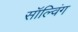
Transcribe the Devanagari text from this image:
सॉल्विंग